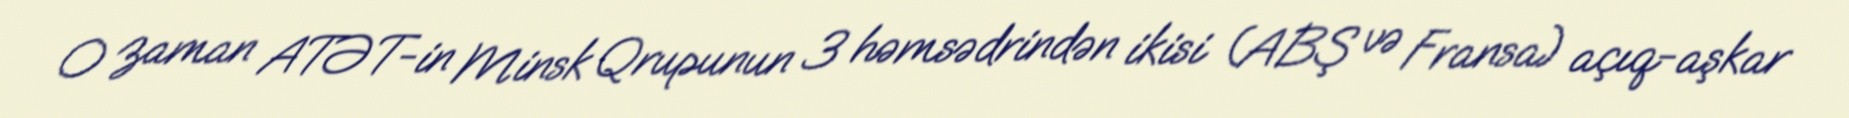
O zaman ATƏT-in Minsk Qrupunun 3 həmsədrindən ikisi (ABŞ və Fransa) açıq-aşkar